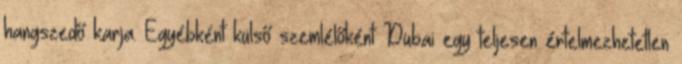
hangszedő karja. Egyébként külső szemlélőként Dubai egy teljesen értelmezhetetlen